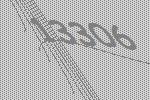
13306